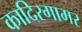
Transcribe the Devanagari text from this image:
कादिरगामर